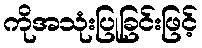
ကိုအသုံးပြုခြင်းဖြင့်